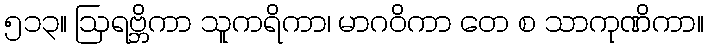
၅၁၃။ ဩရဗ္ဘိကာ သူကရိကာ၊ မာဂဝိကာ တေ စ သာကုဏိကာ။